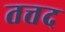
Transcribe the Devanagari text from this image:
तत्तद